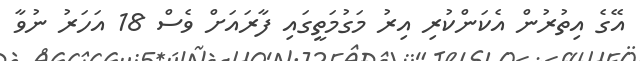
އޭގެ އިތުރުން އެކަންކުރި އިރު މަގުމަތީގައި ފާރައަށް ވެސް 18 އަހަރު ނުވާ